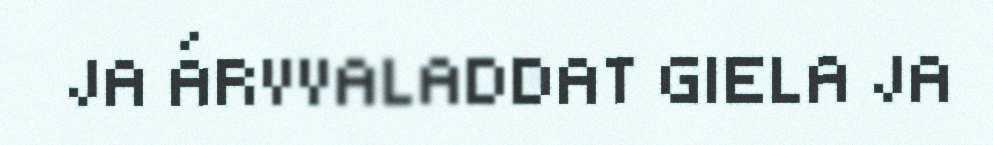
JA ÁRVVALADDAT GIELA JA